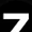
Digit: 7